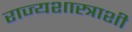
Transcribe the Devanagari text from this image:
राज्यशास्त्राशी